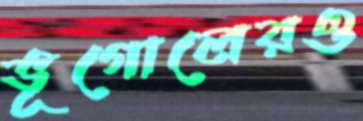
ভূগোলেরও